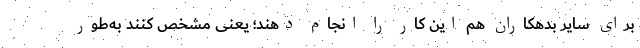
برای سایر بدهکاران هم این کار را انجام دهند؛ یعنی مشخص کنند به‌طور